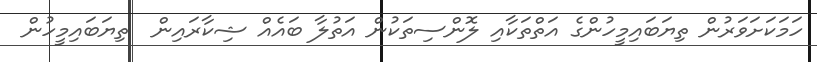
ހަމަކަށަވަރުން ތިޔަބައިމީހުންގެ އަތްތަކާއި ލޮންސިތަކުން އަތުލާ ބައެއް ޝިކާރައިން  ތިޔަބައިމީހުން